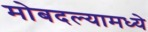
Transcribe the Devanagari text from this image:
मोबदल्यामध्ये